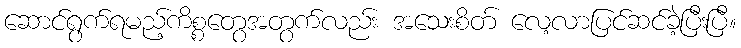
ဆောင်ရွက်ရမည့်ကိစ္စတွေအတွက်လည်း အသေးစိတ် လေ့လာပြင်ဆင်ခဲ့ပြီးပြီ။